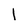
Character: I